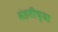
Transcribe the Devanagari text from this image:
संहतींच्या